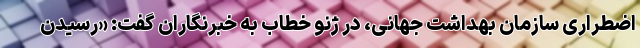
اضطراری سازمان بهداشت جهانی، در ژنو خطاب به خبرنگاران گفت: «رسیدن